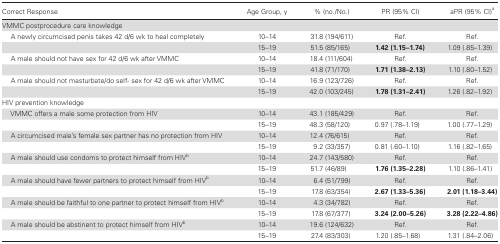
<table><thead><tr><td><b>Correct Response</b></td><td><b>Age Group, y</b></td><td><b>% (no./No.)</b></td><td><b>PR (95% CI)</b></td><td><b>aPR (95% CI)<sup>a</sup></b></td></tr></thead><tbody><tr><td>VMMC postprocedure care knowledge</td><td></td><td></td><td></td><td></td></tr><tr><td>A newly circumcised penis takes 42 d/6 wk to heal completely</td><td>10–14</td><td>31.8 (194/611)</td><td>Ref.</td><td>Ref.</td></tr><tr><td></td><td>15–19</td><td>51.5 (85/165)</td><td><b>1.42 (1.15–1.74</b>)</td><td>1.09 (.85–1.39)</td></tr><tr><td>A male should not have sex for 42 d/6 wk after VMMC</td><td>10–14</td><td>18.4 (111/604)</td><td>Ref.</td><td>Ref.</td></tr><tr><td></td><td>15–19</td><td>41.8 (71/170)</td><td><b>1.71 (1.38–2.13</b>)</td><td>1.10 (.80–1.52)</td></tr><tr><td>A male should not masturbate/do self- sex for 42 d/6 wk after VMMC</td><td>10–14</td><td>16.9 (123/726)</td><td>Ref.</td><td>Ref.</td></tr><tr><td></td><td>15–19</td><td>42.0 (103/245)</td><td><b>1.78 (1.31–2.41</b>)</td><td>1.26 (.82–1.92)</td></tr><tr><td>HIV prevention knowledge</td><td></td><td></td><td></td><td></td></tr><tr><td>VMMC offers a male some protection from HIV</td><td>10–14</td><td>43.1 (185/429)</td><td>Ref.</td><td>Ref.</td></tr><tr><td></td><td>15–19</td><td>48.3 (58/120)</td><td>0.97 (.78–1.19)</td><td>1.00 (.77–1.29)</td></tr><tr><td>A circumcised male’s female sex partner has no protection from HIV</td><td>10–14</td><td>12.4 (76/615)</td><td>Ref.</td><td>Ref.</td></tr><tr><td></td><td>15–19</td><td>9.2 (33/357)</td><td>0.81 (.60–1.10)</td><td>1.16 (.82–1.65)</td></tr><tr><td>A male should use condoms to protect himself from HIV<sup>b</sup></td><td>10–14</td><td>24.7 (143/580)</td><td>Ref.</td><td>Ref.</td></tr><tr><td></td><td>15–19</td><td>51.7 (46/89)</td><td><b>1.76 (1.35–2.28</b>)</td><td>1.10 (.86–1.41)</td></tr><tr><td>A male should have fewer partners to protect himself from HIV<sup>b</sup></td><td>10–14</td><td>6.4 (51/799)</td><td>Ref.</td><td>Ref.</td></tr><tr><td></td><td>15–19</td><td>17.8 (63/354)</td><td><b>2.67 (1.33–5.36</b>)</td><td><b>2.01 (1.18–3.44</b>)</td></tr><tr><td>A male should be faithful to one partner to protect himself from HIV<sup>b</sup></td><td>10–14</td><td>4.3 (34/782)</td><td>Ref.</td><td>Ref.</td></tr><tr><td></td><td>15–19</td><td>17.8 (67/377)</td><td><b>3.24 (2.00–5.26</b>)</td><td><b>3.28 (2.22–4.86</b>)</td></tr><tr><td>A male should be abstinent to protect himself from HIV<sup>b</sup></td><td>10–14</td><td>19.6 (124/632)</td><td>Ref.</td><td>Ref.</td></tr><tr><td></td><td>15–19</td><td>27.4 (83/303)</td><td>1.20 (.85–1.68)</td><td>1.31 (.84–2.06)</td></tr></tbody></table>